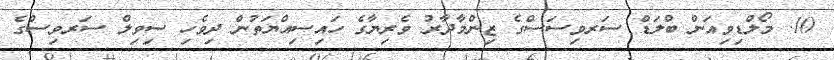
10. މޯލްޑިވިއަން ބްލަޑް ސަރވިސަސްގެ ޒިންމާދާރު ވެރިޔާގެ ހައިސިއްޔަތުން ދިވެހި ސިވިލް ސަރވިސްގެ